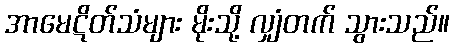
အာမေဋိတ်သံများ မိုးသို့ လျှံတက် သွားသည်။